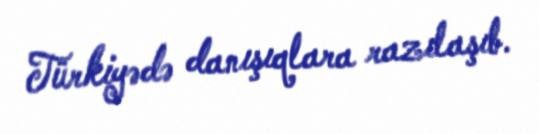
Türkiyədə danışıqlara razılaşıb.